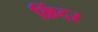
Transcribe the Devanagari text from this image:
क्रिंदर